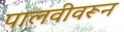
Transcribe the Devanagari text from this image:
पालवीवरून